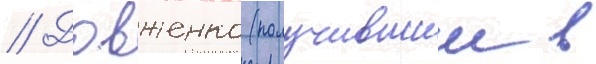
// Довженко (получившии в